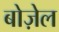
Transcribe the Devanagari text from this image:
बोज़ेल